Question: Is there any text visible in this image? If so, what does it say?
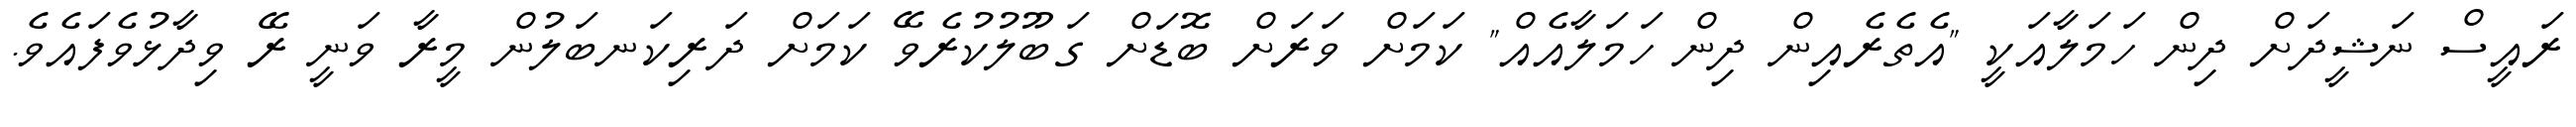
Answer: ރައީސް ނަޝީދަށް ދިން ހަމަލާއަކީ "އެތެރެއިން ދިން ހަމަލާއެއް" ކަމަށް ވަރަށް ބޮޑަށް ގަބޫލުކުރެވޭ ކަމަށް ދަރިކަނބަލުން މީރާ ވަނީ ރޭ ވިދާޅުވެފައެވެ.